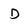
Character: D